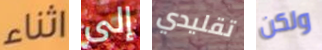
اثناء إلى تقليدي ولكن